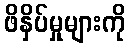
ဖိနှိပ်မှုများကို